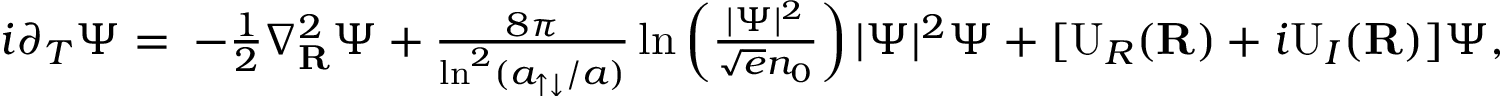
\begin{array} { r l } { i \partial _ { T } \Psi = } & { \! \! \! - \frac { 1 } { 2 } \nabla _ { \mathbf { R } } ^ { 2 } \Psi + \frac { 8 \pi } { \ln ^ { 2 } ( a _ { \uparrow \downarrow } / a ) } \ln \left( \frac { | \Psi | ^ { 2 } } { \sqrt { e } n _ { 0 } } \right) | \Psi | ^ { 2 } \Psi + [ \mathrm { U } _ { R } ( \mathbf { R } ) + i \mathrm { U } _ { I } ( \mathbf { R } ) ] \Psi , } \end{array}